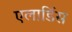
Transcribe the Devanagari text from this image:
एलार्डिस